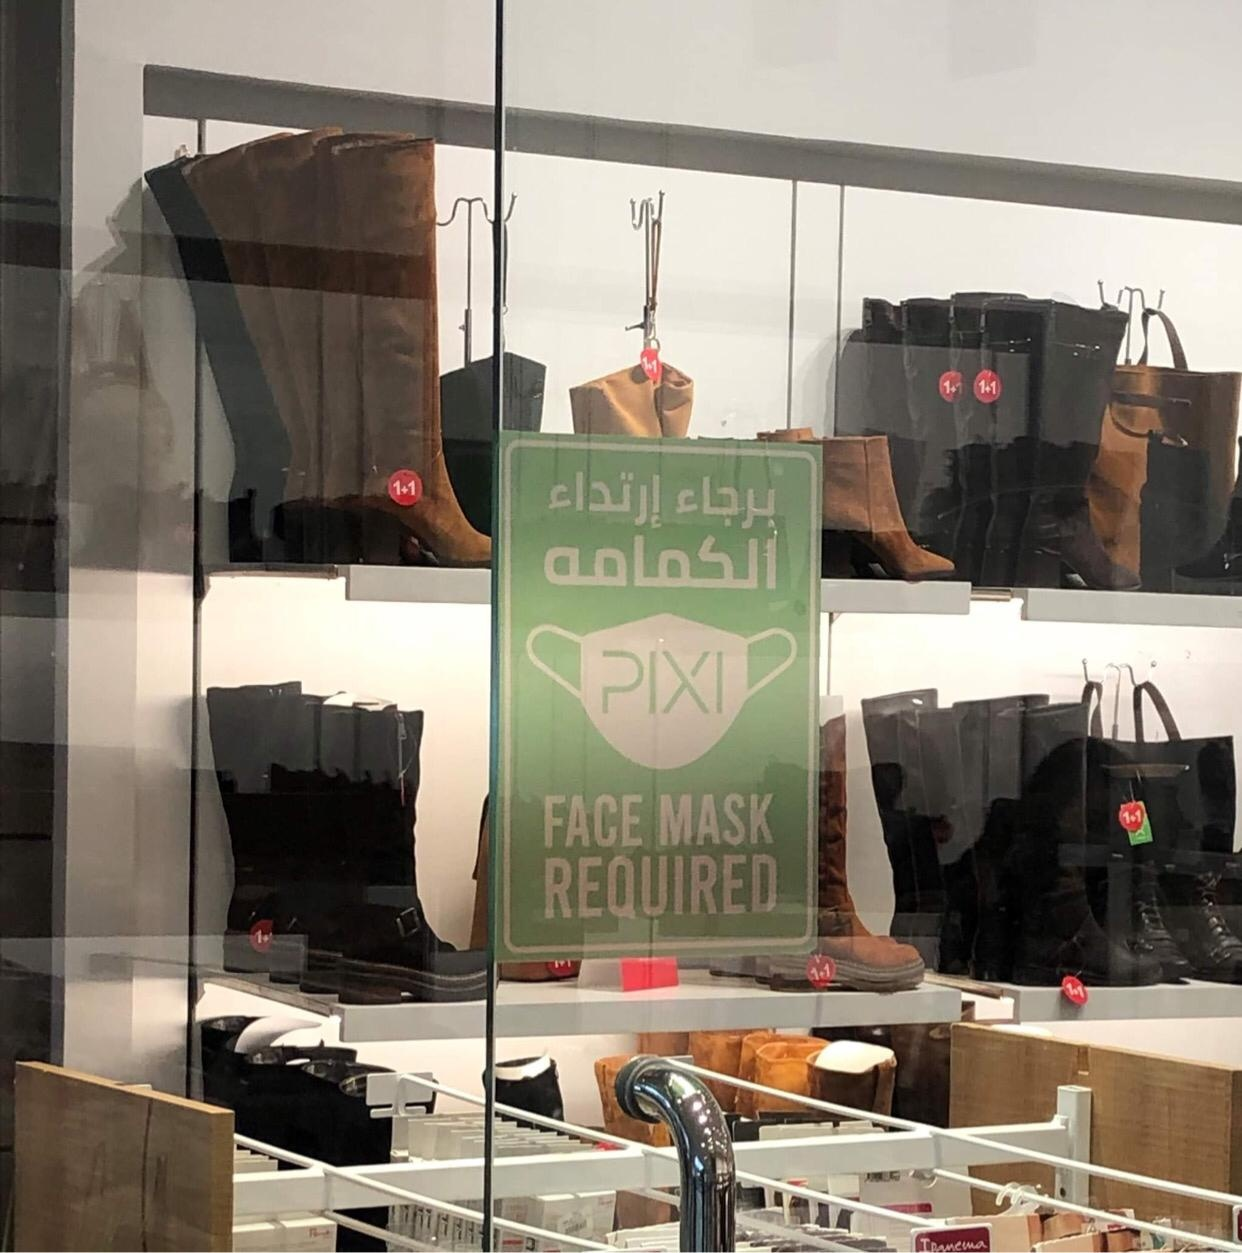
Text in image: إرتداء برجاء الكمامه 1+1 PIXI MASK FACE REQUIRED